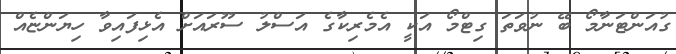
ގުއަންޓަނާމޯ ބޭ ނުވަތަ ގިޓްމޯ އަކީ އެމެރިކާގެ އަސްލު ސޫރައަށް އެޅިފައިވާ ހިޔަންޏެއް